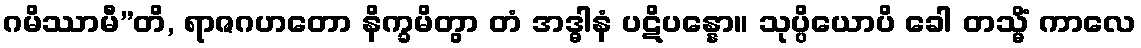
ဂမိဿာမီ”တိ, ရာဇဂဟတော နိက္ခမိတွာ တံ အဒ္ဓါနံ ပဋိပန္နော။ သုပ္ပိယောပိ ခေါ တသ္မိံ ကာလေ